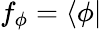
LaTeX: f_{\phi}=\langle\phi|